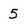
Character: 5